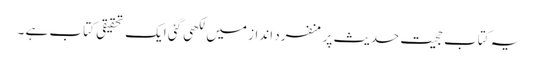
یہ کتاب حجیت حدیث پر منفرد انداز میں لکھی گئی ایک تحقیقی کتاب ہے ۔